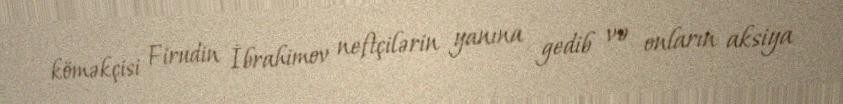
köməkçisi Firudin İbrahimov neftçilərin yanına gedib və onların aksiya